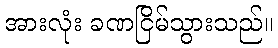
အားလုံး ခဏငြိမ်သွားသည်။